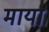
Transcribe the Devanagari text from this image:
मायां